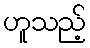
ဟူသည့်